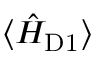
\langle \hat { H } _ { \mathrm { D 1 } } \rangle